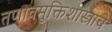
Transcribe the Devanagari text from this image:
तणावमुक्तिशास्त्राचे